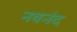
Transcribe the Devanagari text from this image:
नवनंद